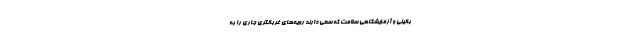
بالینی و آزمایشگاهی سلامت که سعی دارند رویه‌های غربالگری جاری را به